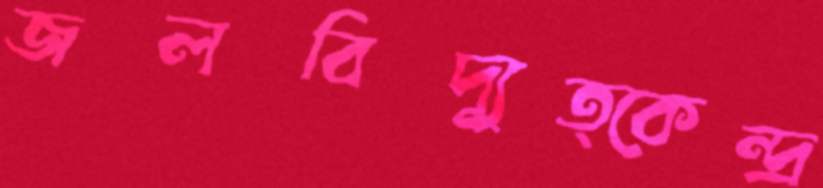
জলবিদ্যুত্কেন্দ্র